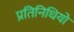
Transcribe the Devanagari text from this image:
प्रतिनिधियो